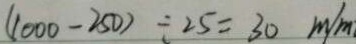
( 1 0 0 0 - 2 5 0 ) \div 2 5 = 3 0 m / m